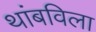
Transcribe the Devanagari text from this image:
थांबविला